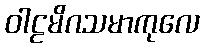
ဝါဠမိဂသမာကုလေ